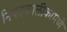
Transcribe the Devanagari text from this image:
नियतकालीकामध्ये